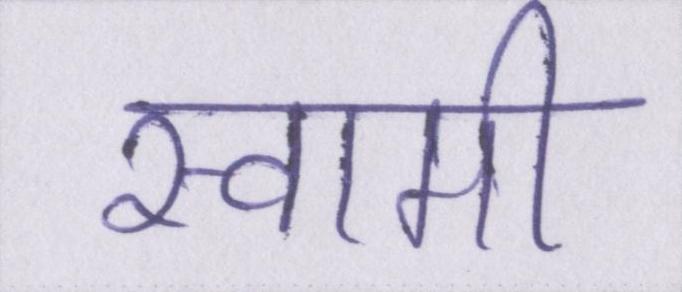
स्वामी